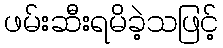
ဖမ်းဆီးရမိခဲ့သဖြင့်